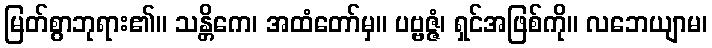
မြတ်စွာဘုရား၏။ သန္တိကေ၊ အထံတော်မှ။ ပဗ္ဗဇ္ဇံ၊ ရှင်အဖြစ်ကို။ လဘေယျာမ၊